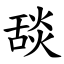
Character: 舕